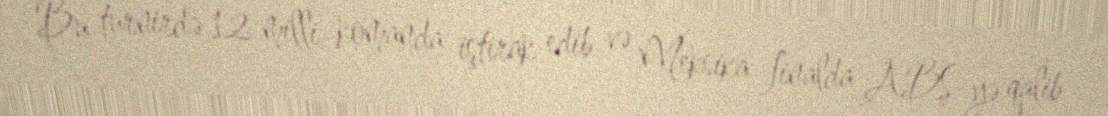
Bu turnirdə 12 milli komanda iştirak edib və Meksika finalda ABŞ-yə qalib